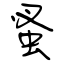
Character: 蚤